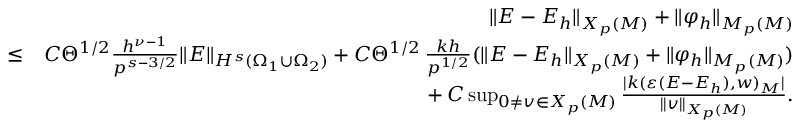
\begin{array} { r l r } & { } & { \| { \boldsymbol { E } } - { \boldsymbol { E } } _ { h } \| _ { { \boldsymbol { X } } _ { p } ( { \cal M } ) } + \| \varphi _ { h } \| _ { M _ { p } ( { \cal M } ) } } \\ & { \le } & { C \Theta ^ { 1 / 2 } \frac { h ^ { \nu - 1 } } { p ^ { s - 3 / 2 } } \| { \boldsymbol { E } } \| _ { H ^ { s } ( \Omega _ { 1 } \cup \Omega _ { 2 } ) } + C \Theta ^ { 1 / 2 } \, \frac { k h } { p ^ { 1 / 2 } } ( \| { \boldsymbol { E } } - { \boldsymbol { E } } _ { h } \| _ { { \boldsymbol { X } } _ { p } ( { \cal M } ) } + \| \varphi _ { h } \| _ { M _ { p } ( { \cal M } ) } ) } \\ & { } & { \ + \, C \operatorname* { s u p } _ { 0 \not = \boldsymbol { v } \in { \boldsymbol { X } } _ { p } ( { \cal M } ) } \frac { | k ( \varepsilon ( { \boldsymbol { E } } - { \boldsymbol { E } } _ { h } ) , \boldsymbol { w } ) _ { \cal M } | } { \| \boldsymbol { v } \| _ { { \boldsymbol { X } } _ { p } ( { \cal M } ) } } . } \end{array}